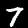
Label: 7